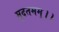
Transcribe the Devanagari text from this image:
मुदतमम्।।